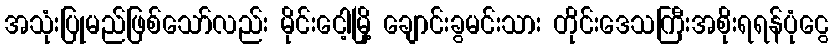
အသုံးပြုမည်ဖြစ်သော်လည်း မိုင်းငေါ့မြို့ ချောင်းခွမင်းသား တိုင်းဒေသကြီးအစိုးရရန်ပုံငွေ